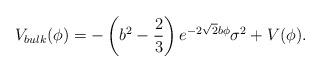
LaTeX: \begin{align*}V_{bulk}(\phi) = -\left(b^2 -\frac{2}{3}\right)e^{-2\sqrt{2}b \phi} \sigma^2 +V(\phi).\end{align*}